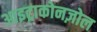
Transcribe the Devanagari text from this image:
आइट्राकोनज़ोल